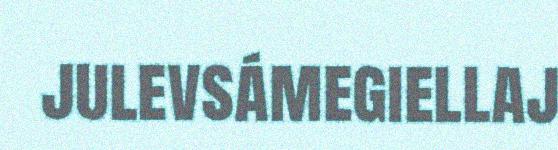
julevsámegiellaj